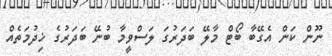
ނޫން ކަން އެގޭބާ ބޯޓް މާލޭ ބަދަރުގަ ލަސްވީމާ ބުނޭ ބަދަރުގެ ޚިދުމަތެއް